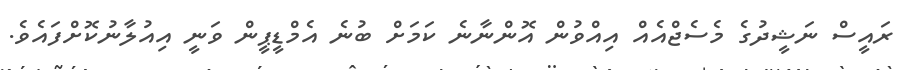
ރައީސް ނަޝީދުގެ މެސެޖްއެއް އިއްވުން އޮންނާނެ ކަމަށް ބުނެ އެމްޑީޕީން ވަނީ އިއުލާނުކޮށްފައެވެ.